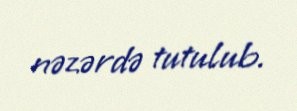
nəzərdə tutulub.